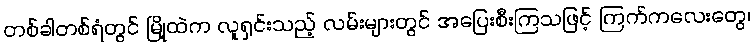
တစ်ခါတစ်ရံတွင် မြို့ထဲက လူရှင်းသည့် လမ်းများတွင် အပြေးစီးကြသဖြင့် ကြက်ကလေးတွေ၊